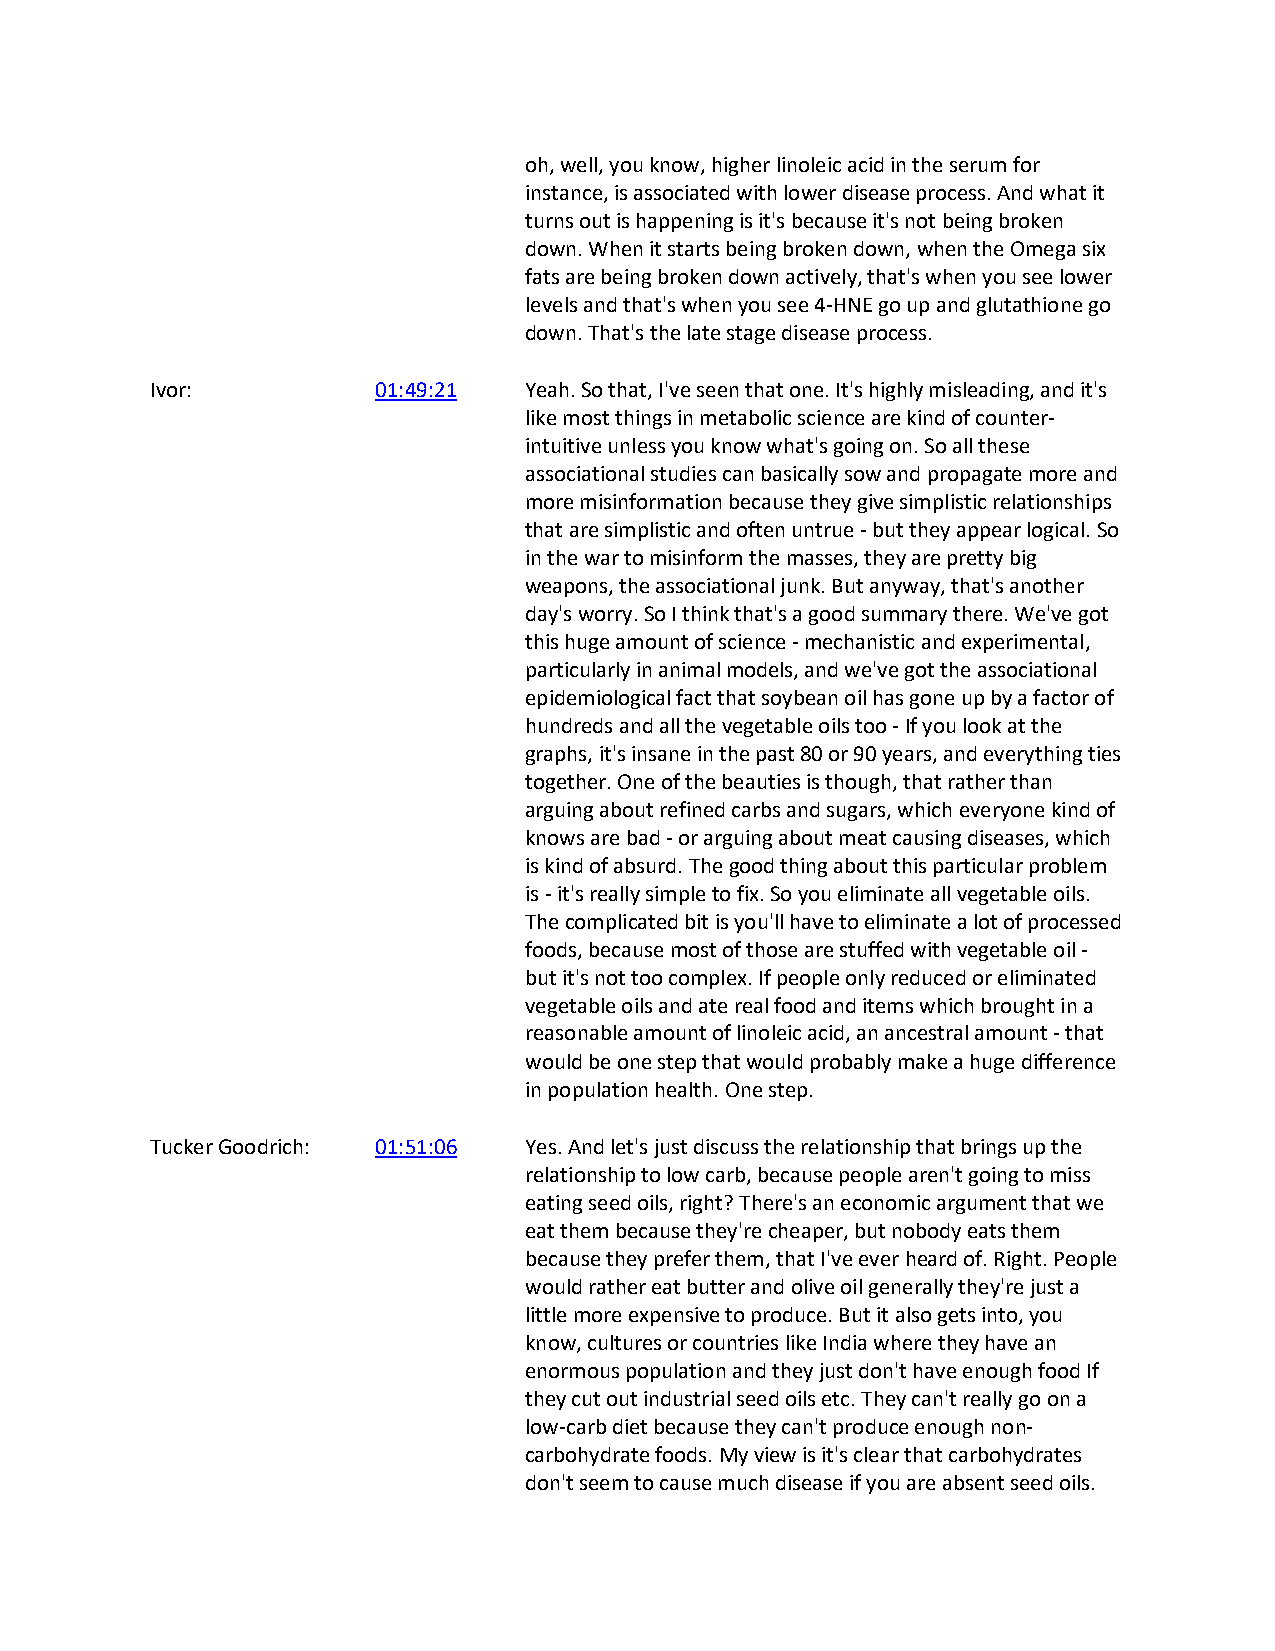
oh, well, you know, higher linoleic acid in the serum for
 instance, is associated with lower disease process. And what it
 turns out is happening is it's because it's not being broken
 down. When it starts being broken down, when the Omega six
 fats are being broken down actively, that's when you see lower
 levels and that's when you see 4-HNE go up and glutathione go
 down. That's the late stage disease process.
 Ivor:          01:49:21  Yeah. So that, I've seen that one. It's highly misleading, and it's
 like most things in metabolic science are kind of counter-
 intuitive unless you know what's going on. So all these
 associational studies can basically sow and propagate more and
 more misinformation because they give simplistic relationships
 that are simplistic and often untrue - but they appear logical. So
 in the war to misinform the masses, they are pretty big
 weapons, the associational junk. But anyway, that's another
 day's worry. So I think that's a good summary there. We've got
 this huge amount of science - mechanistic and experimental,
 particularly in animal models, and we've got the associational
 epidemiological fact that soybean oil has gone up by a factor of
 hundreds and all the vegetable oils too - If you look at the
 graphs, it's insane in the past 80 or 90 years, and everything ties
 together. One of the beauties is though, that rather than
 arguing about refined carbs and sugars, which everyone kind of
 knows are bad - or arguing about meat causing diseases, which
 is kind of absurd. The good thing about this particular problem
 is - it's really simple to fix. So you eliminate all vegetable oils.
 The complicated bit is you'll have to eliminate a lot of processed
 foods, because most of those are stuffed with vegetable oil -
 but it's not too complex. If people only reduced or eliminated
 vegetable oils and ate real food and items which brought in a
 reasonable amount of linoleic acid, an ancestral amount - that
 would be one step that would probably make a huge difference
 in population health. One step.
 Tucker Goodrich: 01:51:06 Yes. And let's just discuss the relationship that brings up the
 relationship to low carb, because people aren't going to miss
 eating seed oils, right? There's an economic argument that we
 eat them because they're cheaper, but nobody eats them
 because they prefer them, that I've ever heard of. Right. People
 would rather eat butter and olive oil generally they're just a
 little more expensive to produce. But it also gets into, you
 know, cultures or countries like India where they have an
 enormous population and they just don't have enough food If
 they cut out industrial seed oils etc. They can't really go on a
 low-carb diet because they can't produce enough non-
 carbohydrate foods. My view is it's clear that carbohydrates
 don't seem to cause much disease if you are absent seed oils.